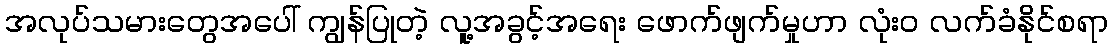
အလုပ်သမားတွေအပေါ် ကျွန်ပြုတဲ့ လူ့အခွင့်အရေး ဖောက်ဖျက်မှုဟာ လုံး၀ လက်ခံနိုင်စရာ